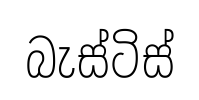
බැස්ටිස්